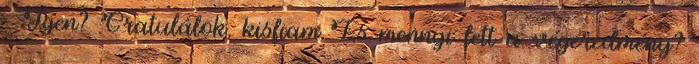
- Igen? Gratulálok, kisfiam És mennyi lett a végeredmény?